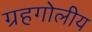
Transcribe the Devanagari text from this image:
ग्रहगोलीय